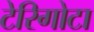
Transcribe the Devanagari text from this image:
टेरिगोटा